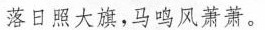
落日照大旗，马鸣风萧萧。